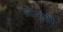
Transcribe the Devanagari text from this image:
सीफहीं